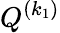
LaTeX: {Q}^{(k_{1})}